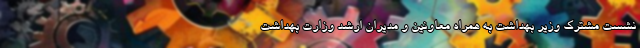
نشست مشترک وزیر بهداشت به همراه معاونین و مدیران ارشد وزارت بهداشت